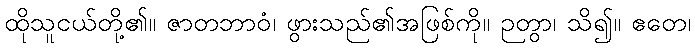
ထိုသူငယ်တို့၏။ ဇာတဘာဝံ၊ ဖွားသည်၏အဖြစ်ကို။ ဉတွာ၊ သိ၍။ ဧတေ၊